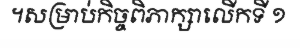
។សម្រាប់កិច្ចពិភាក្សាលើកទី ១